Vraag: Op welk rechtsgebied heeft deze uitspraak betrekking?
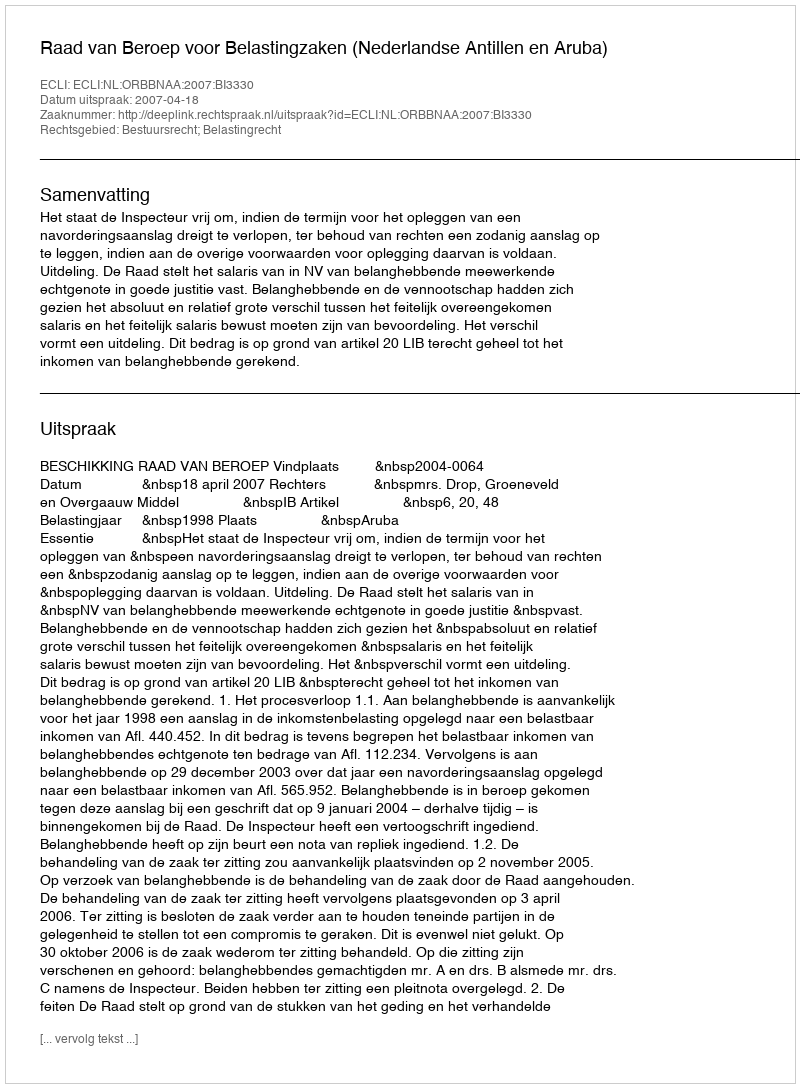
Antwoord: Bestuursrecht; Belastingrecht